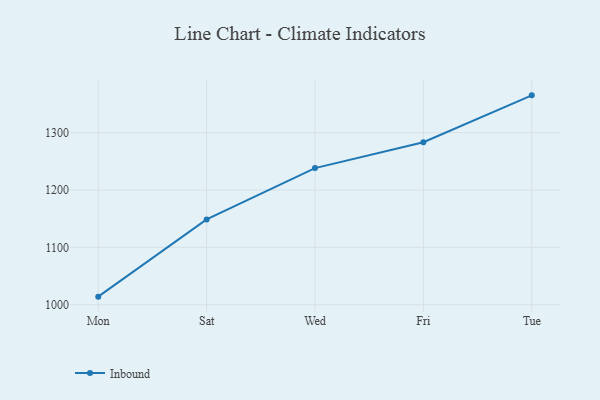
{"axis": {"x": "Day", "y": "Production Output"}, "legend": ["Inbound"], "data": [{"x": "Mon", "y": 1014.1, "type": "Inbound"}, {"x": "Sat", "y": 1148.7, "type": "Inbound"}, {"x": "Wed", "y": 1238.2, "type": "Inbound"}, {"x": "Fri", "y": 1283.2, "type": "Inbound"}, {"x": "Tue", "y": 1365.0, "type": "Inbound"}]}